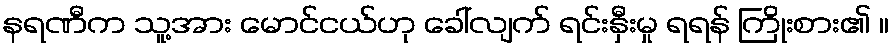
နရဏီက သူ့အား မောင်ငယ်ဟု ခေါ်လျက် ရင်းနှီးမှု ရရန် ကြိုးစား၏ ။